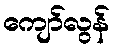
ကျော်လွန်